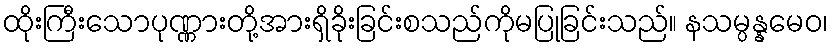
ထိုးကြီးသောပုဏ္ဏားတို့အားရှိခိုးခြင်းစသည်ကိုမပြုခြင်းသည်။ နသမ္ပန္နမေဝ၊